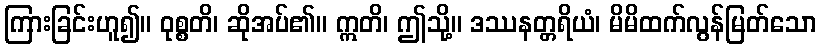
ကြားခြင်းဟူ၍။ ဝုစ္စတိ၊ ဆိုအပ်၏။ ဣတိ၊ ဤသို့။ ဒဿနတ္တရိယံ၊ မိမိထက်လွန်မြတ်သော